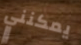
يمكنني